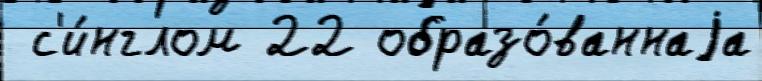
 с'и́нглом 22 образо́ваннаjа